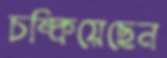
চম্‌কিয়েছেন